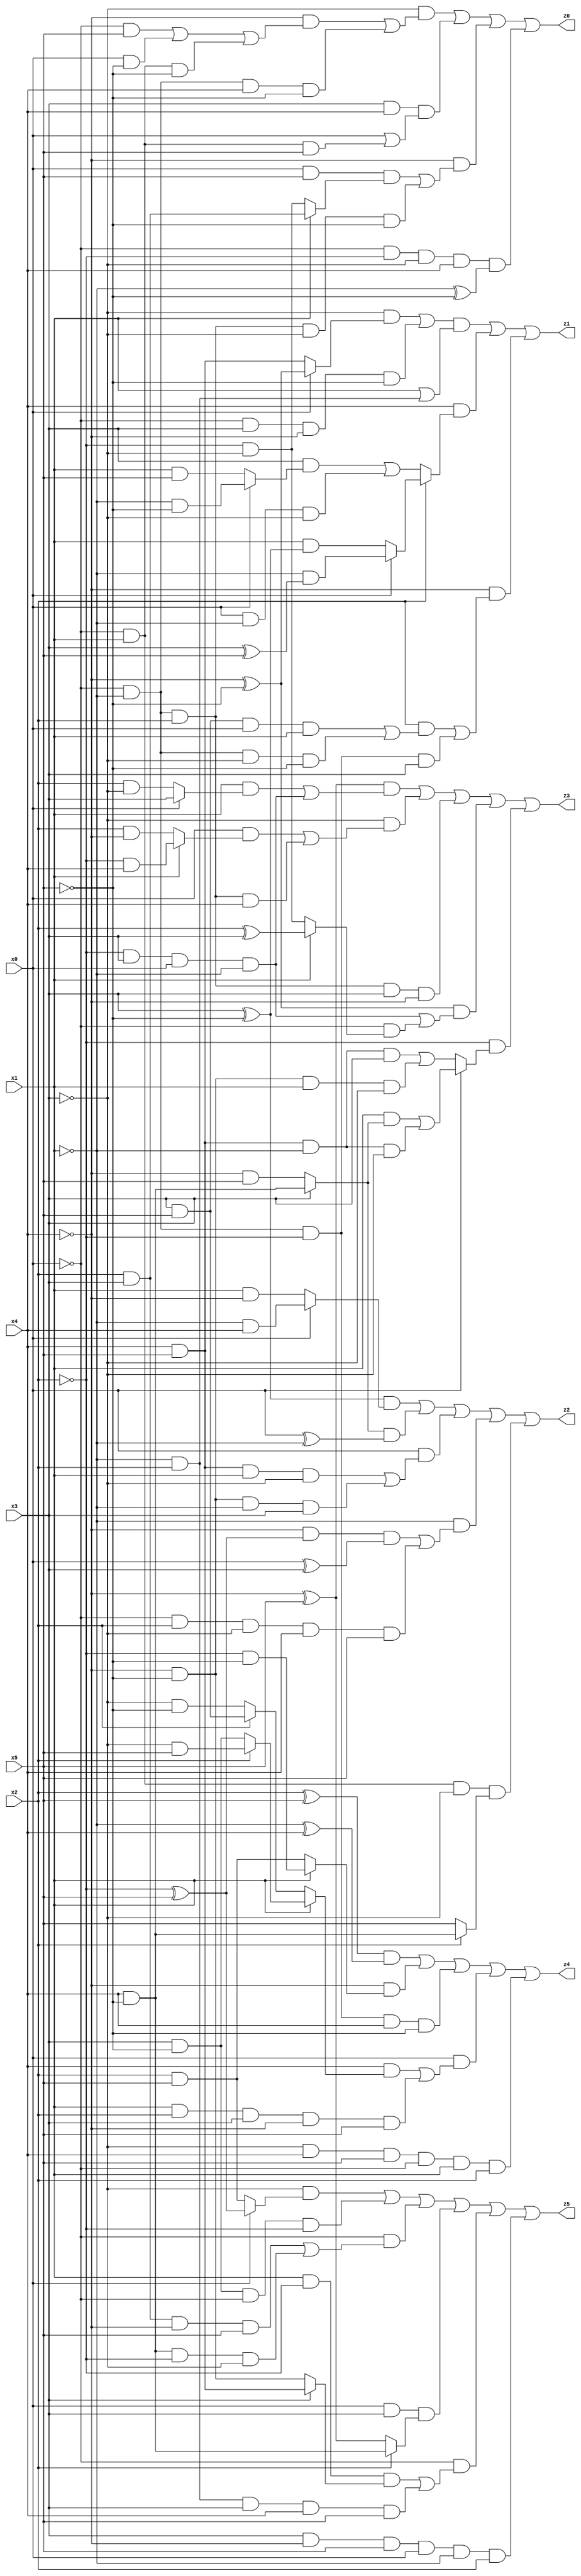
// Benchmark "X_51" written by ABC on Wed Jun 07 23:39:49 2023

module X_51 ( 
    x0, x1, x2, x3, x4, x5,
    z0, z1, z2, z3, z4, z5  );
  input  x0, x1, x2, x3, x4, x5;
  output z0, z1, z2, z3, z4, z5;
  assign z0 = (~x3 & ((~x4 & ((~x0 & x5) | (x0 & ~x5) | (~x0 & x1 & ~x5))) | (~x0 & ~x1 & x4 & ~x5))) | (x3 & x4 & (x0 | (~x0 & x1 & x5))) | (~x4 & ((x0 & x5 & (x1 ? (x2 & x3) : (~x2 & ~x3))) | (~x0 & ~x1 & x2 & ~x3 & ~x5))) | (~x0 & ~x2 & ~x3 & x4 & (~x1 ^ ~x5));
  assign z1 = (((~x3 & (x0 ? (~x4 ^ ~x5) : (x4 & x5))) | (~x0 & x3 & ~x4 & ~x5)) & (x1 | (~x1 & x2))) | (x4 & (x2 ? (x0 ? (~x1 & (x3 ^ x5)) : (x1 & (x3 ^ ~x5))) : ((x3 & (x0 ? (~x1 & ~x5) : (x1 & x5))) | (x0 & ~x1 & ~x3)))) | (~x4 & ((x2 & ((x3 & x5 & x0 & x1) | (~x0 & ~x1 & ~x3 & ~x5))) | (~x0 & ~x1 & ~x2 & x3)));
  assign z2 = ((x3 ^ ~x5) & (x0 ? (~x1 & x4) : (x1 & ~x4))) | ((x3 ? (x4 & ~x5) : (~x4 & x5)) & (x0 ^ ~x1)) | (x0 & ((x4 & x5 & x1 & ~x3) | (~x4 & ~x5 & ~x1 & x3))) | (~x1 & ((~x4 & (~x2 ^ x5) & (x0 ^ x3)) | (~x0 & x2 & ~x3 & x4 & x5))) | (~x0 & x1 & ~x3 & (x2 ? (x4 & ~x5) : x5));
  assign z3 = ((~x4 ^ x5) & ((x1 & (x0 ? x3 : (x2 & ~x3))) | (~x2 & x3 & x0 & ~x1))) | (~x3 & ((x0 & (x1 ? (~x2 & x4) : (x2 & ~x4))) | (~x0 & ~x1 & x2 & x4))) | (~x0 & ~x1 & x2 & x3 & ~x4) | ((~x4 ^ ~x5) & ((~x2 & x3 & x0 & ~x1) | (~x0 & (x1 ? (x2 ^ x3) : (~x2 & ~x3))))) | (~x2 & (x0 ? ((x1 & (x3 ? (x4 & ~x5) : (~x4 & x5))) | (x4 & x5 & ~x1 & ~x3)) : ((x4 & x5 & ~x1 & x3) | (~x4 & ~x5 & x1 & ~x3))));
  assign z4 = ((x2 ^ x5) & (~x1 ^ x4)) | (~x4 & (x1 ? (~x2 & ~x5) : (x2 & x5))) | (~x0 & ~x1 & ~x2 & x4 & ~x5) | (x0 & ((x4 & (x1 ? (x2 ? (~x3 & x5) : (x3 & ~x5)) : (x2 ? (x3 & x5) : (~x3 & ~x5)))) | (x1 & x2 & x3 & ~x4 & x5))) | (~x3 & x4 & x5 & ~x0 & x1 & x2);
  assign z5 = (~x3 & (x0 ? (~x2 ^ x5) : (x2 & x5))) | (x3 & ~x5 & ~x0 & ~x2) | (~x0 & ((x2 & x3 & ~x4 & x5) | (x4 & ~x5 & ~x2 & ~x3))) | (x0 & x3 & (x2 ? (x4 & ~x5) : (~x4 ^ x5))) | (~x0 & ((x1 & ~x2 & (x3 ? (x4 & x5) : (~x4 & ~x5))) | (~x1 & x2 & x3 & x4 & x5))) | (x3 & ~x4 & x5 & x0 & ~x1 & x2);
endmodule